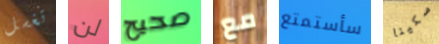
تغسل لن صحيح مع سأستمتع سكينا